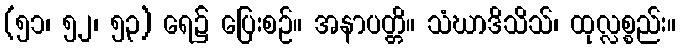
(၅၁၊ ၅၂၊ ၅၃) ရေ၌ ပြေးစဉ်။ အနာပတ္တိ။ သံဃာဒိသိသ်၊ ထုလ္လစ္စည်း။